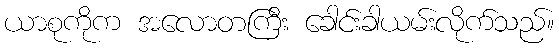
ယာစုကိုက အလောတကြီး ခေါင်းခါယမ်းလိုက်သည်။